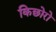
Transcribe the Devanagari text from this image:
किछोरो